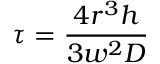
\tau = \frac { 4 r ^ { 3 } h } { 3 w ^ { 2 } D }